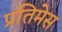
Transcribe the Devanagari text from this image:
प्रतिमेस